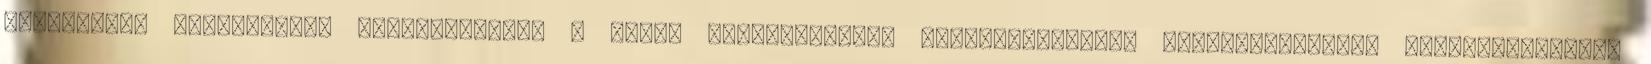
vendéglátó tagozatának vezetôjeként, a Pécsi Kereskedelmi, Idegenforgalmi, Vendéglátóipari Szakközépiskola